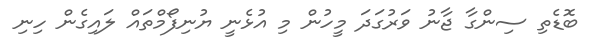
ބޮޑެތި ސިންގާ ޖާނު ވަރުގަދަ މީހުން މި އުޅެނީ ޔުނިފޯމްތައް ލައިގެން ހިނި